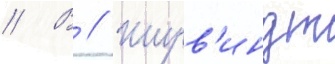
// В // Ширв'индт